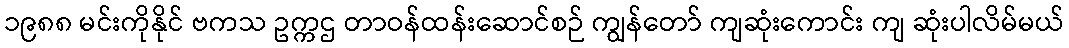
၁၉၈၈ မင်းကိုနိုင် ဗကသ ဥက္ကဌ တာဝန်ထန်းဆောင်စဉ် ကျွန်တော် ကျဆုံးကောင်း ကျ ဆုံးပါလိမ်မယ်